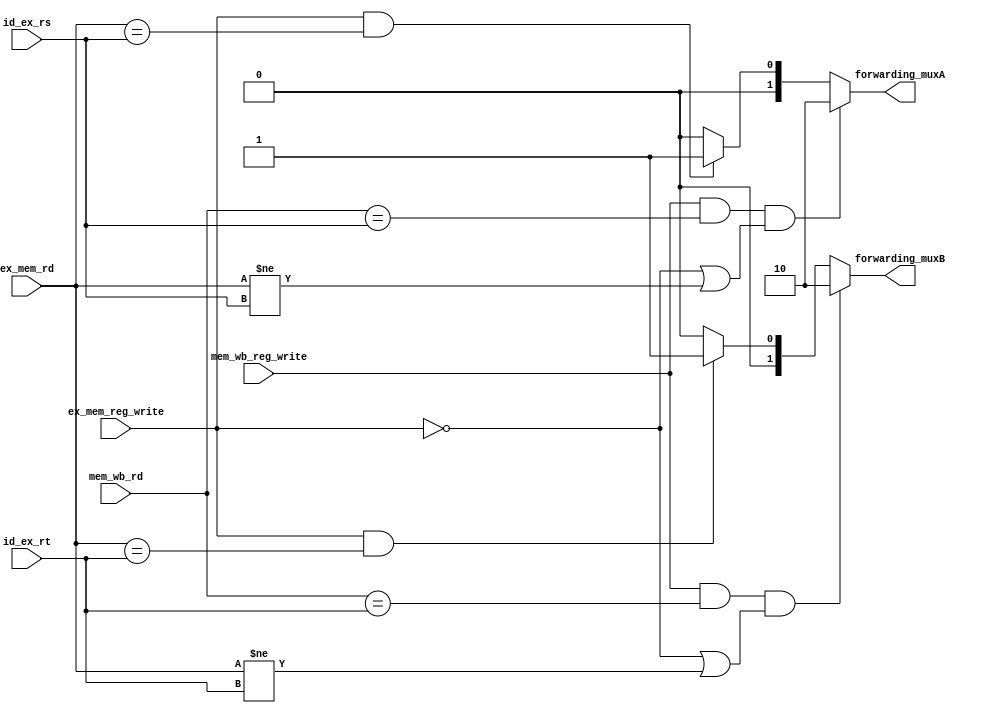
`timescale 1ns / 1ps
//////////////////////////////////////////////////////////////////////////////////
//	Alumnos:
//				 Ortmann, Nestor Javier
// 				 Trejo, Bruno Guillermo
// Year: 		 2019
// Module Name:  UNIDAD DE CORTOCIRCUITO
//////////////////////////////////////////////////////////////////////////////////

module FORWARDING_UNIT #(
	parameter num_bits = 5//$clog2(len_data)
	)(
	input ex_mem_reg_write,	// flag
	input mem_wb_reg_write,	// flag
	input [num_bits-1:0] ex_mem_rd,		// registro ya calculado, a forwardear
	input [num_bits-1:0] mem_wb_rd,		// registro ya calculado, a forwardear
	input [num_bits-1:0] id_ex_rs,		// registro de instr siguiente que puede necesitar forwarding
	input [num_bits-1:0] id_ex_rt,		// registro de instr siguiente que puede necesitar forwarding
    
	output reg [1:0] forwarding_muxA,	// control mux entrada A de la ALU BITS DE SELECCION DE LOS MUXES
	output reg [1:0] forwarding_muxB 	// control mux entrada B de la ALU
    );

    /*
        La explicacion de los if esta en la quinta edicion del libro pag308
    */
	always @(*) begin 
		if(mem_wb_reg_write == 1 & mem_wb_rd == id_ex_rs & (ex_mem_reg_write == 0 | ex_mem_rd != id_ex_rs))
			forwarding_muxA <= 2'b10;
		else if (ex_mem_reg_write == 1 & ex_mem_rd == id_ex_rs)
			forwarding_muxA <= 2'b01;
		else
			forwarding_muxA <= 2'b00;


		if(mem_wb_reg_write == 1 & mem_wb_rd == id_ex_rt & (ex_mem_reg_write == 0 | ex_mem_rd != id_ex_rt))
			forwarding_muxB <= 2'b10;
		else if (ex_mem_reg_write == 1 & ex_mem_rd == id_ex_rt)
			forwarding_muxB <= 2'b01;
		else
			forwarding_muxB <= 2'b00;
	end

endmodule